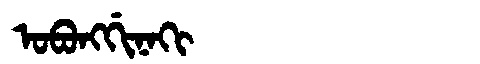
Manchu: ᠣᠪᠣᠩᡤᡳᠨᠠᡴᡳ
Romanization: OBONGGINAKI